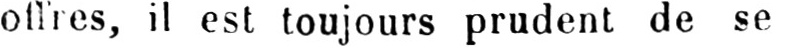
offres, il est toujours prudent de se